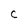
Character: C